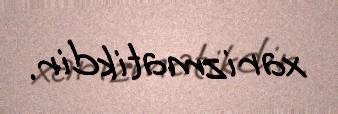
xarizmatikdir.